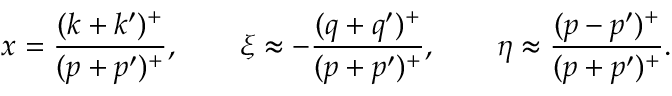
x = \frac { ( k + k ^ { \prime } ) ^ { + } } { ( p + p ^ { \prime } ) ^ { + } } , \qquad \xi \approx - \frac { ( q + q ^ { \prime } ) ^ { + } } { ( p + p ^ { \prime } ) ^ { + } } , \qquad \eta \approx \frac { ( p - p ^ { \prime } ) ^ { + } } { ( p + p ^ { \prime } ) ^ { + } } .